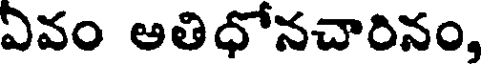
ఏవం ఆతిధోనచారినం,